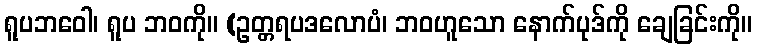
ရူပဘဝေါ၊ ရူပ ဘဝကို။ (ဥတ္တရပဒလောပံ၊ ဘဝဟူသော နောက်ပုဒ်ကို ချေခြင်းကို။